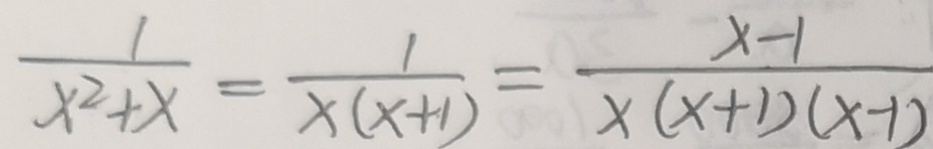
\frac { 1 } { x ^ { 2 } + x } = \frac { 1 } { x ( x + 1 ) } = \frac { x - 1 } { x ( x + 1 ) ( x - 1 ) }